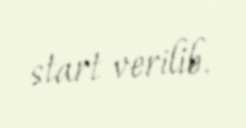
start verilib.